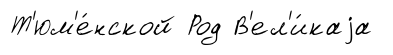
Т'юм'е́нской Род В'ел'и́каjа